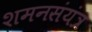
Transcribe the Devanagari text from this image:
शमनसंयंत्र